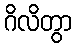
ဂိလိတွာ